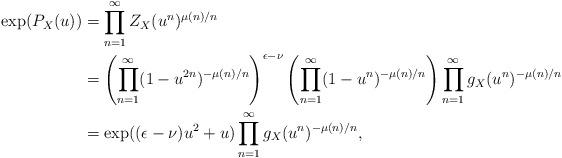
LaTeX: \begin{align*}\exp(P_{X}(u))&= \prod_{n=1}^{\infty} Z_{X}(u^{n})^{{\mu(n)}/{n}} \\&= \left( \prod_{n=1}^{\infty} (1-u^{2n})^{-{\mu(n)}/{n}} \right)^{\epsilon-\nu} \left( \prod_{n=1}^{\infty} (1-u^{n})^{-{\mu(n)}/{n}} \right) \prod_{n=1}^{\infty} g_{X}(u^{n})^{-{\mu(n)}/{n}}\\&= \exp( (\epsilon-\nu) u^{2}+u ) \prod_{n=1}^{\infty} g_{X}(u^{n})^{-{\mu(n)}/{n}}, \end{align*}